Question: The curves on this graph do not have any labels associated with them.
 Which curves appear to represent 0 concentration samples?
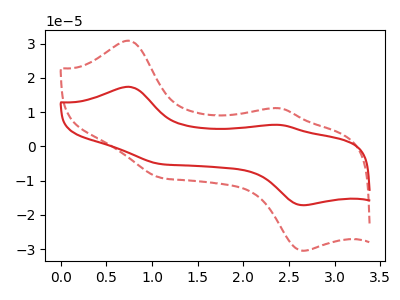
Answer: <think>The red curve "red" has anodic peaks at (0.75V, 17.40uA) (2.40V, 6.25uA) and cathodic peaks at (2.65V, -17.15uA) (1.10V, -5.15uA). The red dashed curve "red dashed" has anodic peaks at (0.75V, 30.85uA) (2.40V, 11.10uA) and cathodic peaks at (2.65V, -30.45uA) (1.10V, -9.15uA).</think>
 <answer>There are not any CV's on this graph that are likely to be blanks.</answer>
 <eval>none</eval>